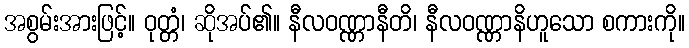
အစွမ်းအားဖြင့်။ ဝုတ္တံ၊ ဆိုအပ်၏။ နီလဝဏ္ဏာနီတိ၊ နီလဝဏ္ဏာနိဟူသော စကားကို။